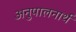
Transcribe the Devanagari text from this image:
अनुपालनार्थ